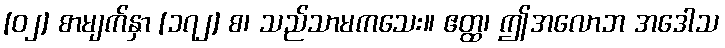
[၀၂] စာမျက်နှာ [၁၇၂] စ၊ သည်သာမကသေး။ ဧတ္ထ၊ ဤအလောဘ အဒေါသ